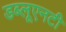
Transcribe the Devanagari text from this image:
डब्लूएनटी